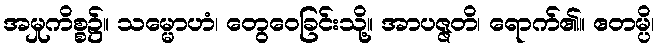
အမှုကိစ္စ၌။ သမ္မောဟံ၊ တွေဝေခြင်းသို့။ အာပဇ္ဇတိ၊ ရောက်၏။ ဧတမ္ပိ၊